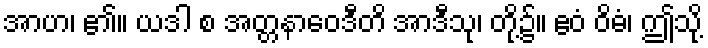
အာဟ၊ ၏။ ယဒါ စ အတ္တနာဝေဒီတိ အာဒီသု၊ တို့၌။ ဧဝံ ဝိဓံ၊ ဤသို့